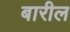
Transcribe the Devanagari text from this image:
बारील